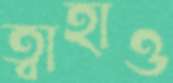
ত্বাহাও